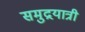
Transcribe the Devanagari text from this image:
समुद्रयात्री